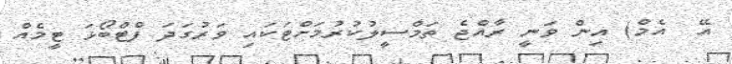
އޭ  އެމް) އިން ވަނީ ރާއްޖެ ތަމްސީލުކުރުމަށްޓަކައި ވަރުގަދަ ފްޓްބޯޅަ ޓީމެއް